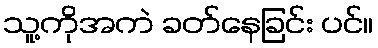
သူ့ကိုအကဲ ခတ်နေခြင်း ပင်။